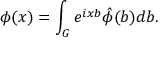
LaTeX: \phi ( x ) = \int _ { G } e ^ { i x b } \hat { \phi } ( b ) d b .